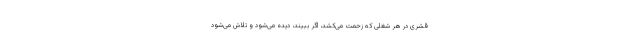
قشری در هر شغلی که زحمت می‌کشد، اگر ببیند، دیده می‌شود و تلاش می‌شود